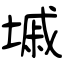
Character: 墄